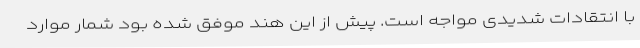
با انتقادات شدیدی مواجه است. پیش از این هند موفق شده بود شمار موارد